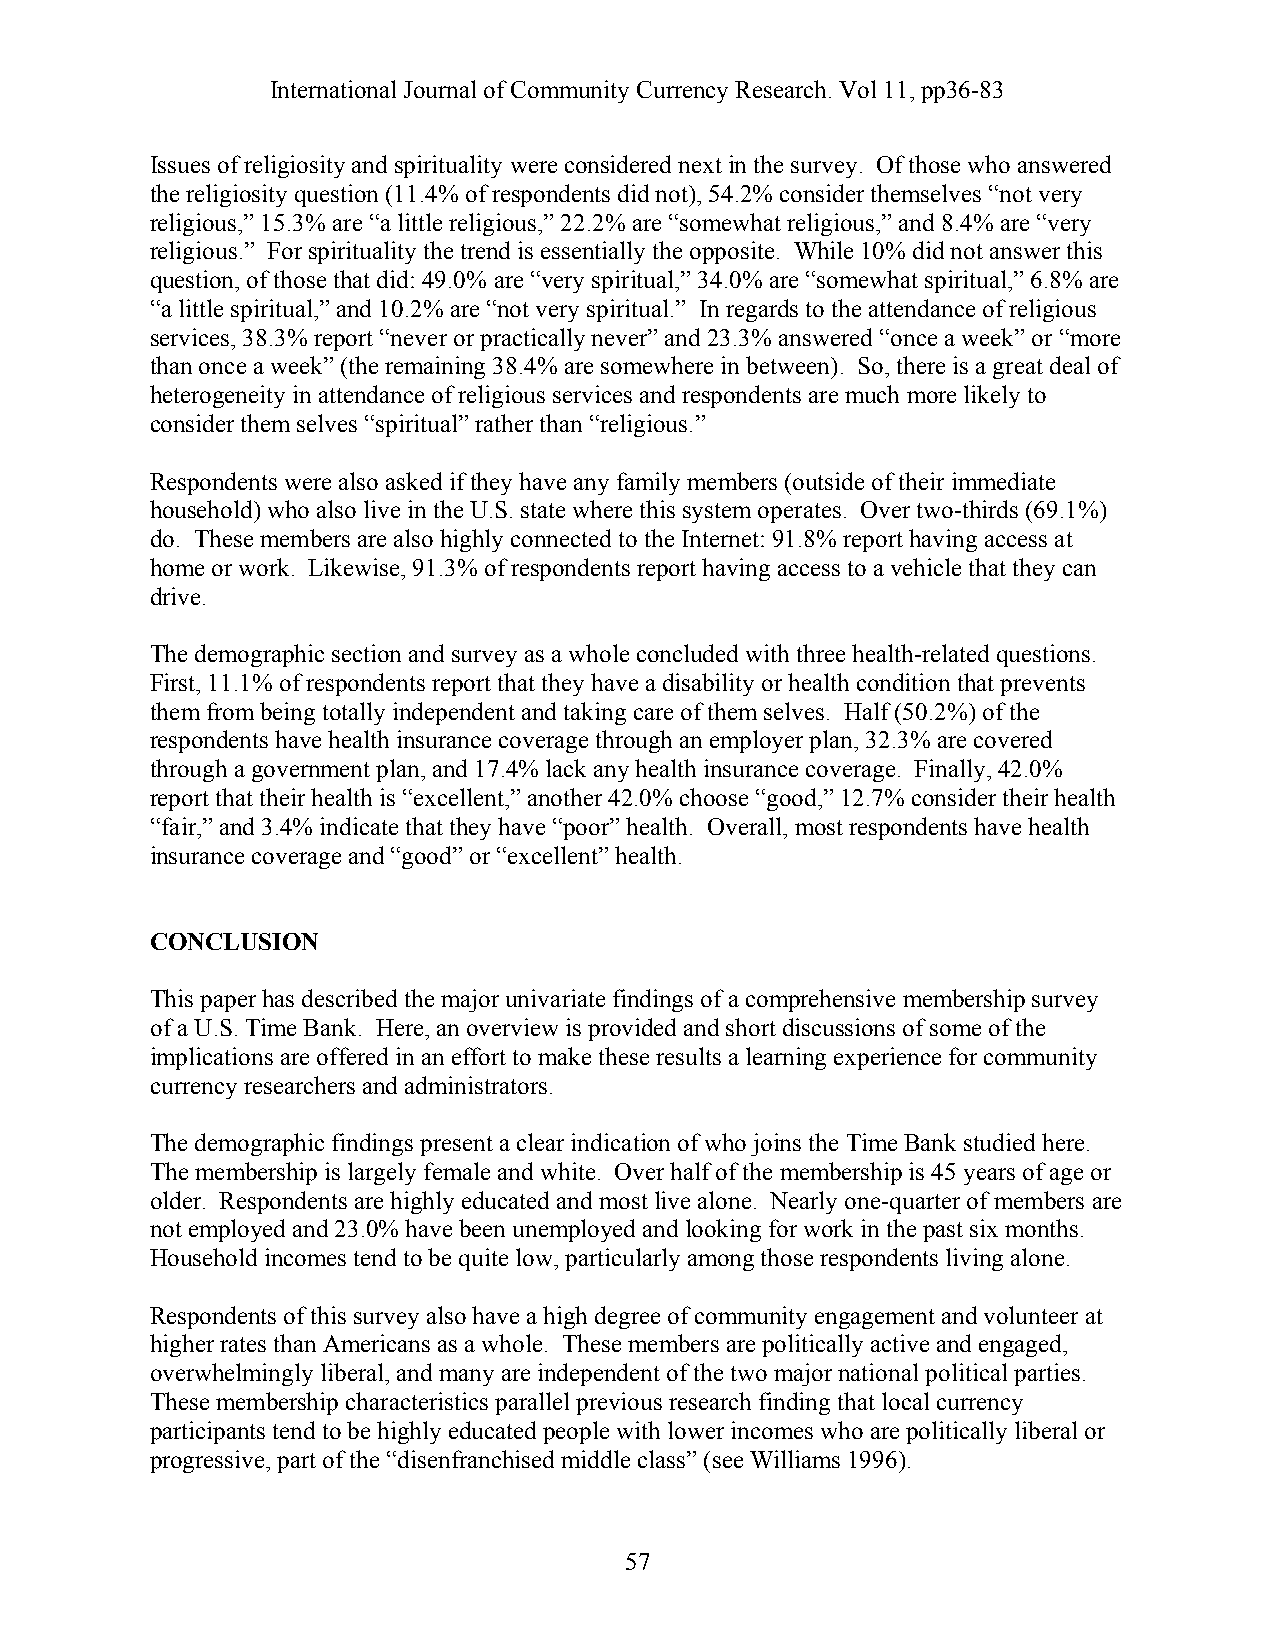
International Journal of Community Currency Research. Vol 11, pp36-83
 Issues of religiosity and spirituality were considered next in the survey. Of those who answered
 the religiosity question (11.4% of respondents did not), 54.2% consider themselves “not very
 religious,” 15.3% are “a little religious,” 22.2% are “somewhat religious,” and 8.4% are “very
 religious.” For spirituality the trend is essentially the opposite. While 10% did not answer this
 question, of those that did: 49.0% are “very spiritual,” 34.0% are “somewhat spiritual,” 6.8% are
 “a little spiritual,” and 10.2% are “not very spiritual.” In regards to the attendance of religious
 services, 38.3% report “never or practically never” and 23.3% answered “once a week” or “more
 than once a week” (the remaining 38.4% are somewhere in between). So, there is a great deal of
 heterogeneity in attendance of religious services and respondents are much more likely to
 consider them selves “spiritual” rather than “religious.”
 Respondents were also asked if they have any family members (outside of their immediate
 household) who also live in the U.S. state where this system operates. Over two-thirds (69.1%)
 do. These members are also highly connected to the Internet: 91.8% report having access at
 home or work. Likewise, 91.3% of respondents report having access to a vehicle that they can
 drive.
 The demographic section and survey as a whole concluded with three health-related questions.
 First, 11.1% of respondents report that they have a disability or health condition that prevents
 them from being totally independent and taking care of them selves. Half (50.2%) of the
 respondents have health insurance coverage through an employer plan, 32.3% are covered
 through a government plan, and 17.4% lack any health insurance coverage. Finally, 42.0%
 report that their health is “excellent,” another 42.0% choose “good,” 12.7% consider their health
 “fair,” and 3.4% indicate that they have “poor” health. Overall, most respondents have health
 insurance coverage and “good” or “excellent” health.
 CONCLUSION
 This paper has described the major univariate findings of a comprehensive membership survey
 of a U.S. Time Bank. Here, an overview is provided and short discussions of some of the
 implications are offered in an effort to make these results a learning experience for community
 currency researchers and administrators.
 The demographic findings present a clear indication of who joins the Time Bank studied here.
 The membership is largely female and white. Over half of the membership is 45 years of age or
 older. Respondents are highly educated and most live alone. Nearly one-quarter of members are
 not employed and 23.0% have been unemployed and looking for work in the past six months.
 Household incomes tend to be quite low, particularly among those respondents living alone.
 Respondents of this survey also have a high degree of community engagement and volunteer at
 higher rates than Americans as a whole. These members are politically active and engaged,
 overwhelmingly liberal, and many are independent of the two major national political parties.
 These membership characteristics parallel previous research finding that local currency
 participants tend to be highly educated people with lower incomes who are politically liberal or
 progressive, part of the “disenfranchised middle class” (see Williams 1996).
 57